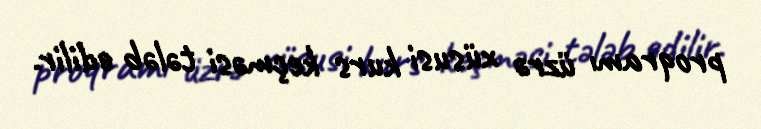
proqramı üzrə xüsusi kurs keçməsi tələb edilir.